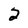
Character: 2